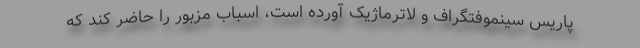
پاریس سینموفتگراف و لاترماژیک آورده است، اسباب مزبور را حاضر کند که